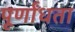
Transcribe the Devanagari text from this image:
पूर्णांधता